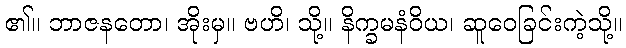
၏။ ဘာဇနတော၊ အိုးမှ။ ဗဟိ၊ သို့။ နိက္ခမနံဝိယ၊ ဆူဝေခြင်းကဲ့သို့။